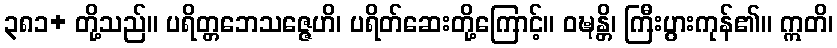
၃၈၁+ တို့သည်။ ပရိတ္တဘေသဇ္ဇေဟိ၊ ပရိတ်ဆေးတို့ကြောင့်။ ဝဍ္ဎန္တိ၊ ကြီးပွားကုန်၏။ ဣတိ၊